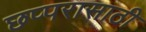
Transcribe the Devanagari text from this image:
छप्परासाठी